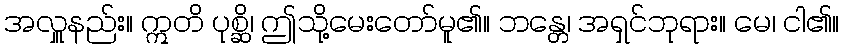
အလှူနည်း။ ဣတိ ပုစ္ဆိ၊ ဤသို့မေးတော်မူ၏။ ဘန္တေ၊ အရှင်ဘုရား။ မေ၊ ငါ၏။